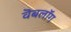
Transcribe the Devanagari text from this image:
वॆबलॉग